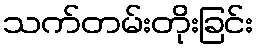
သက်တမ်းတိုးခြင်း